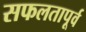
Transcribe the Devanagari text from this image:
सफलतापूर्व